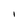
Character: I